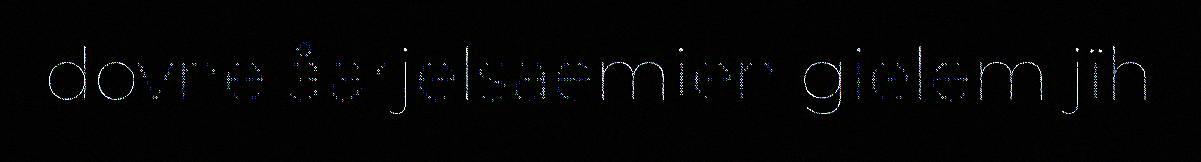
dovne åarjelsaemien gielem jïh